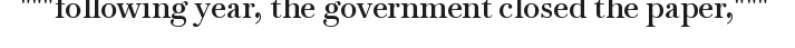
"""following year, the government closed the paper,"""